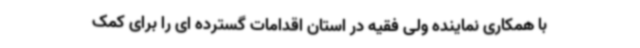
با همکاری نماینده ولی فقیه در استان اقدامات گسترده ای را برای کمک